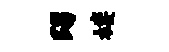
踢楼